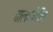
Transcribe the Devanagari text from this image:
बालकोचित